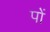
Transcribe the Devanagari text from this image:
पों